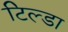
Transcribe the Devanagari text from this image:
टिल्डा